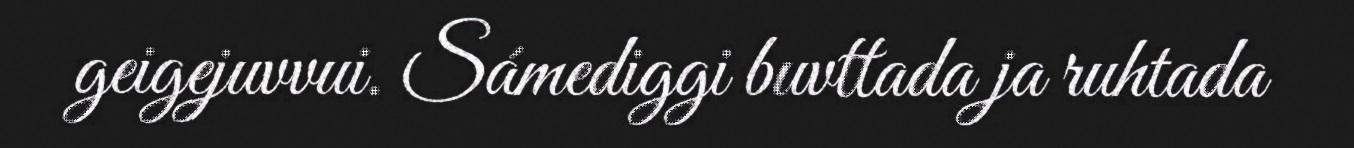
geigejuvvui. Sámediggi buvttada ja ruhtada